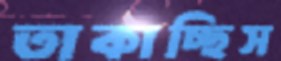
তাকাচ্ছিস